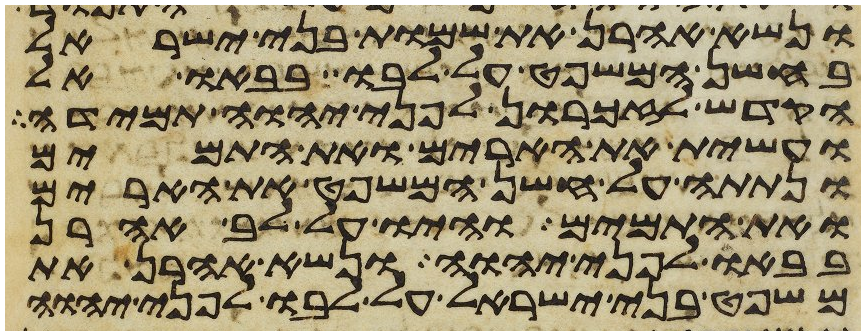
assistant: ונשא אהרן את שמות בני ישראל
בחשן המשפט על לבו בבאו אל
הקדש לזכרון לפני יהוה תמידה
ועשית את הארים ואת התמים
ונתתה על חשן המשפט את הארים
ואת התמים והיו על לב אהרן
בבאו לפני יהוה ונשא אהרן את
משפט בני ישראל על לבו לפני יהוה